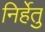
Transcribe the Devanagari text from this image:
निर्हेतु